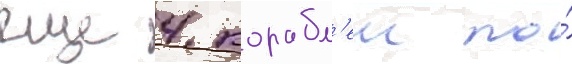
еще 4 корабл'еи по́